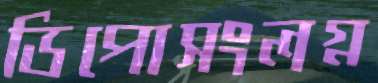
ডিপোসংলগ্ন